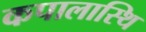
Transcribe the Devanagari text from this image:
कपालास्थि